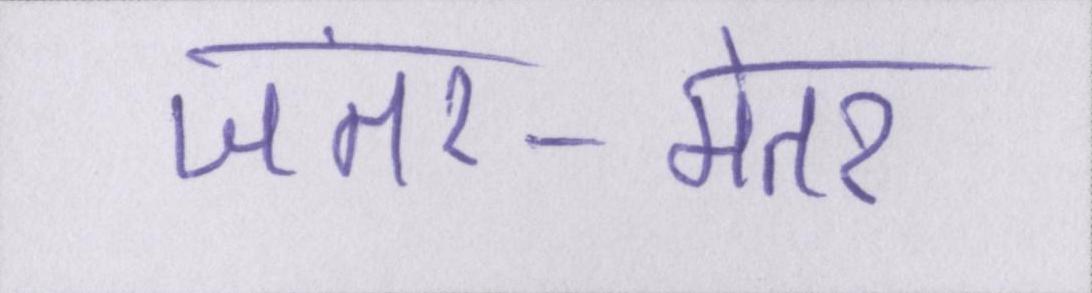
जंतर-मंतर